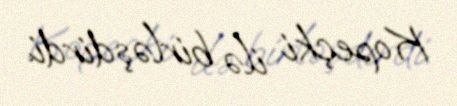
Kopeçki ilə birləşdirdi.